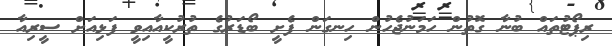
ރިޕޯޓުތައް ބުނާ ގޮތުން ހަމަނުޖެހުން ހިނގަން ފެށީ ބޯޑަރުގެ ތުރުކީއާއިވީ ފަޅިއަށް ސީރިއާ